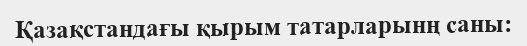
Қазақстандағы қырым татарларынң саны: